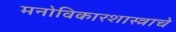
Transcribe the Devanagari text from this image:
मनोविकारशास्त्राचे